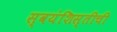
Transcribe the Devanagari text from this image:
स्वयंशिस्तीची